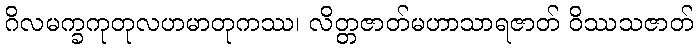
ဂိလမက္ခကုတုလဟမာတုကဿ၊ လိတ္တဇာတ်မဟာသာရဇာတ် ဝိဿသဇာတ်